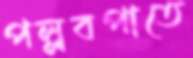
পল্লবপাতে